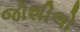
જોશીલો